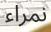
نمراء